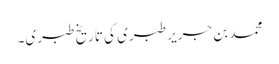
محمد بن جریر طبری کی تاریخ طبری۔